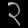
Digit: ၃